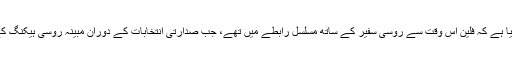
ایک امریکی عہدیدار نے خبر رساں ادارے اے پی کو بتایا ہے کہ فلین اُس وقت سے روسی سفیر کے ساتھ مسلسل رابطے میں تھے، جب صدارتی انتخابات کے دوران مبینہ روسی ہیکنگ کے بعد باراک اوباما نے ماسکو پر پابندیاں عائد کی تھیں۔